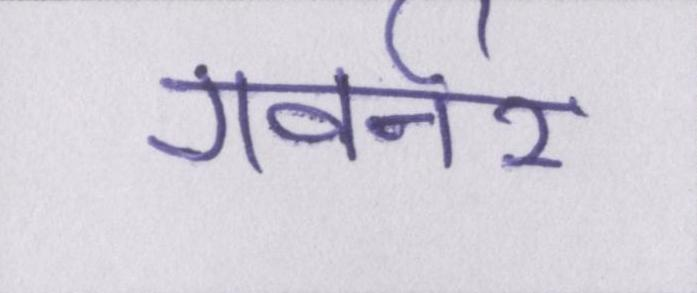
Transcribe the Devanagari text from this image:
गवर्नर